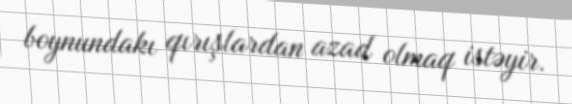
boynundakı qırışlardan azad olmaq istəyir.